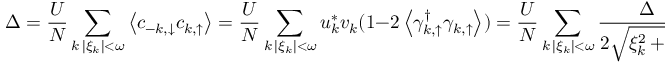
\Delta = \frac { U } { N } \sum _ { \substack { k \, | \xi _ { k } | < \omega } } \left\langle c _ { - k , \downarrow } c _ { k , \uparrow } \right\rangle = \frac { U } { N } \sum _ { \substack { k \, | \xi _ { k } | < \omega } } u _ { k } ^ { * } v _ { k } ( 1 - 2 \left\langle \gamma _ { k , \uparrow } ^ { \dag } \gamma _ { k , \uparrow } \right\rangle ) = \frac { U } { N } \sum _ { \substack { k \, | \xi _ { k } | < \omega } } \frac { \Delta } { 2 \sqrt { \xi _ { k } ^ { 2 } + \Delta ^ { 2 } } } \operatorname { t a n h } { \left( \beta ( \sqrt { \xi _ { k } ^ { 2 } + \Delta ^ { 2 } } + \lambda ) \right) }